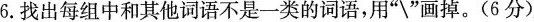
6.找出每组中和其他词语不是一类的词语，用”\”画掉。(6分)